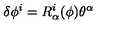
\delta \phi ^ { i } = R _ { \alpha } ^ { i } ( \phi ) \theta ^ { \alpha }